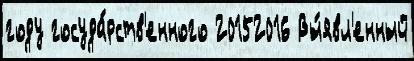
году госуда́рств'енного 20152016 Вы́явл'енный